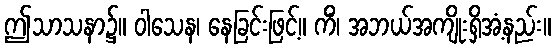
ဤသာသနာ၌။ ဝါသေန၊ နေခြင်းဖြင့်။ ကိံ၊ အဘယ်အကျိုးရှိအံ့နည်း။